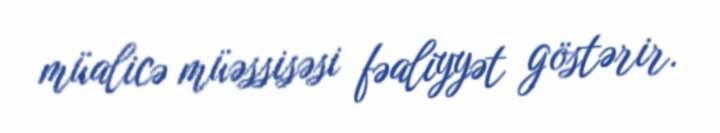
müalicə müəssisəsi fəaliyyət göstərir.